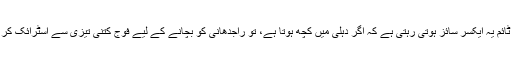
اور ٹائم ٹو ٹائم یہ ایکسر سائز ہوتی رہتی ہے کہ اگر دہلی میں کچھ ہوتا ہے، تو راجدھانی کو بچانے کے لیے فوج کتنی تیزی سے اسٹرائک کر سکتی ہے۔